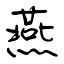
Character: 燕